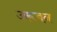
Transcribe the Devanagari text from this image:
उरूवन